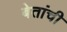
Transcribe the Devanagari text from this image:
बेतांची